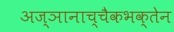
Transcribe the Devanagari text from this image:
अज्ञानाच्चैकभक्तेन